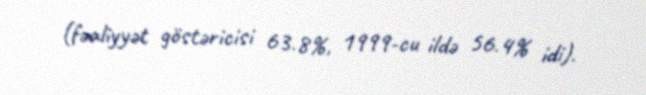
(fəaliyyət göstəricisi 63.8%, 1999-cu ildə 56.4% idi).